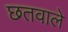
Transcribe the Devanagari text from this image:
छतवाले